Vaccination Hyderabad 1890-1903 - 1890-1903
Year: 1890
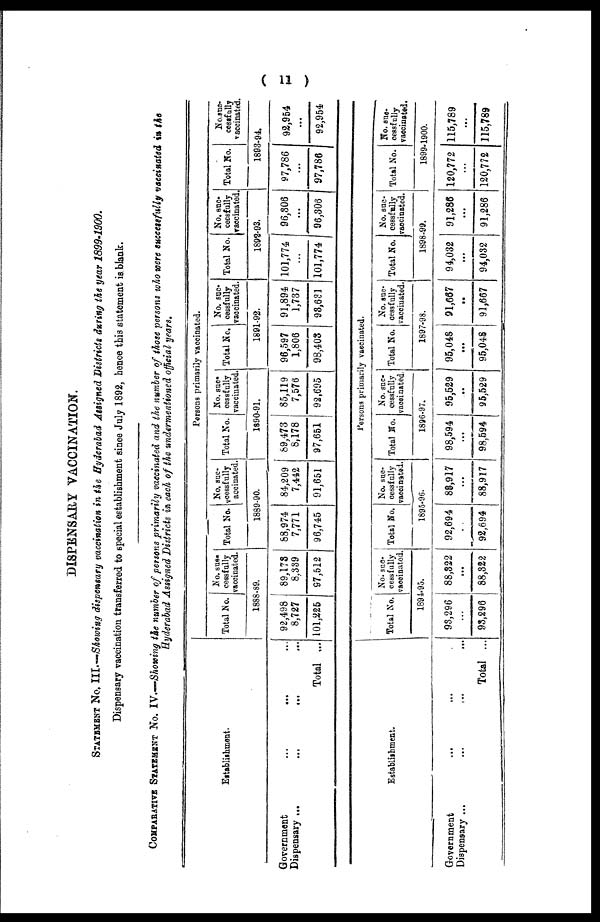
( 11 )
DISPENSARY VACCINATION.
STATEMENT NO. III.—Showing dispensary vaccination in the Hyderabad Assigned Districts during the year 1899-1900.
Dispensary vaccination transferred to special establishment since July 1892, hence this statement is blank.
COMPARATIVE STATEMENT NO. IV.—Showing the number of persons primarily vaccinated and the number of those persons who were successfully vaccinated in the
Hyderabad Assigned Districts in each of the undermentioned official years.
Establishment.
Government
...
...
...
Dispensary...
...
...
Total ...
Persons primarily vaccinated.
Total No.
No. suc-
cessfully
vaccinated.
1888-89.
92,498
8,727
101,225
89,173
8,339
97,512
Total No.
No. suc-
cessfully
vaccinated.
1889-90.
88,974
7,771
96,745
84,209
7,442
91,651
Total No.
No. suc-
cessfully
vaccinated.
1890-91.
89,473
8,178
97,651
85,119
7,576
92,695
Total No.
No. suc-
cessfully
vaccinated.
1891-92.
96,597
1,806
98,403
91,894
1,737
93,631
Total No.
No. suc-
cessfully
vaccinated.
1892-93.
101,774
...
101,774
96,306
...
96,306
Total No.
No.suc-
cessfully
vaccinated.
1893-94.
97,786
...
97,786
92,954
...
92,954
Establishment.
Government ... ... ...
Dispensary
...
...
...
...
Total ...
Persons primarily vaccinated.
Total No.
No. suc-
cessfully
vaccinated.
1894-95.
93,296
...
93,296
88,322
...
88,322
Total No.
No. suc-
cessfully
vaccinated.
1895-96.
92,694
...
92,694
88,917
...
88,917
Total No.
No. suc-
cessfully
vaccinated.
1896-97.
98,594
...
98,594
95,529
...
95,529
Total No.
No. suc-
cessfully
vaccinated.
1897-98.
95,048
...
95,048
91,667
...
91,667
Total No.
No. suc-
cessfully
vaccinated.
1898-99.
94,032
...
94,032
91,286
...
91,286
Total No.
No. suc-
cessfully
vaccinated.
1899-1900.
120,772
...
120,772
115,789
...
115,789